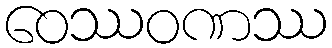
ဝေဿဝဏဿ